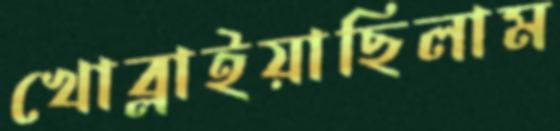
খোব্‌লাইয়াছিলাম